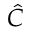
\hat { C }